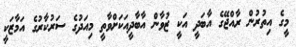
މީގެ އިތުރުން ރާއްޖޭގެ އާބަދީ އަކީ ޒުވާން އާބާދީއަކަށްވާތީ މިއަދުގެ ސަރުކާރުގެ އަމާޒަކީ